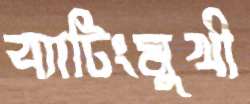
ব্যাটিংমুখী